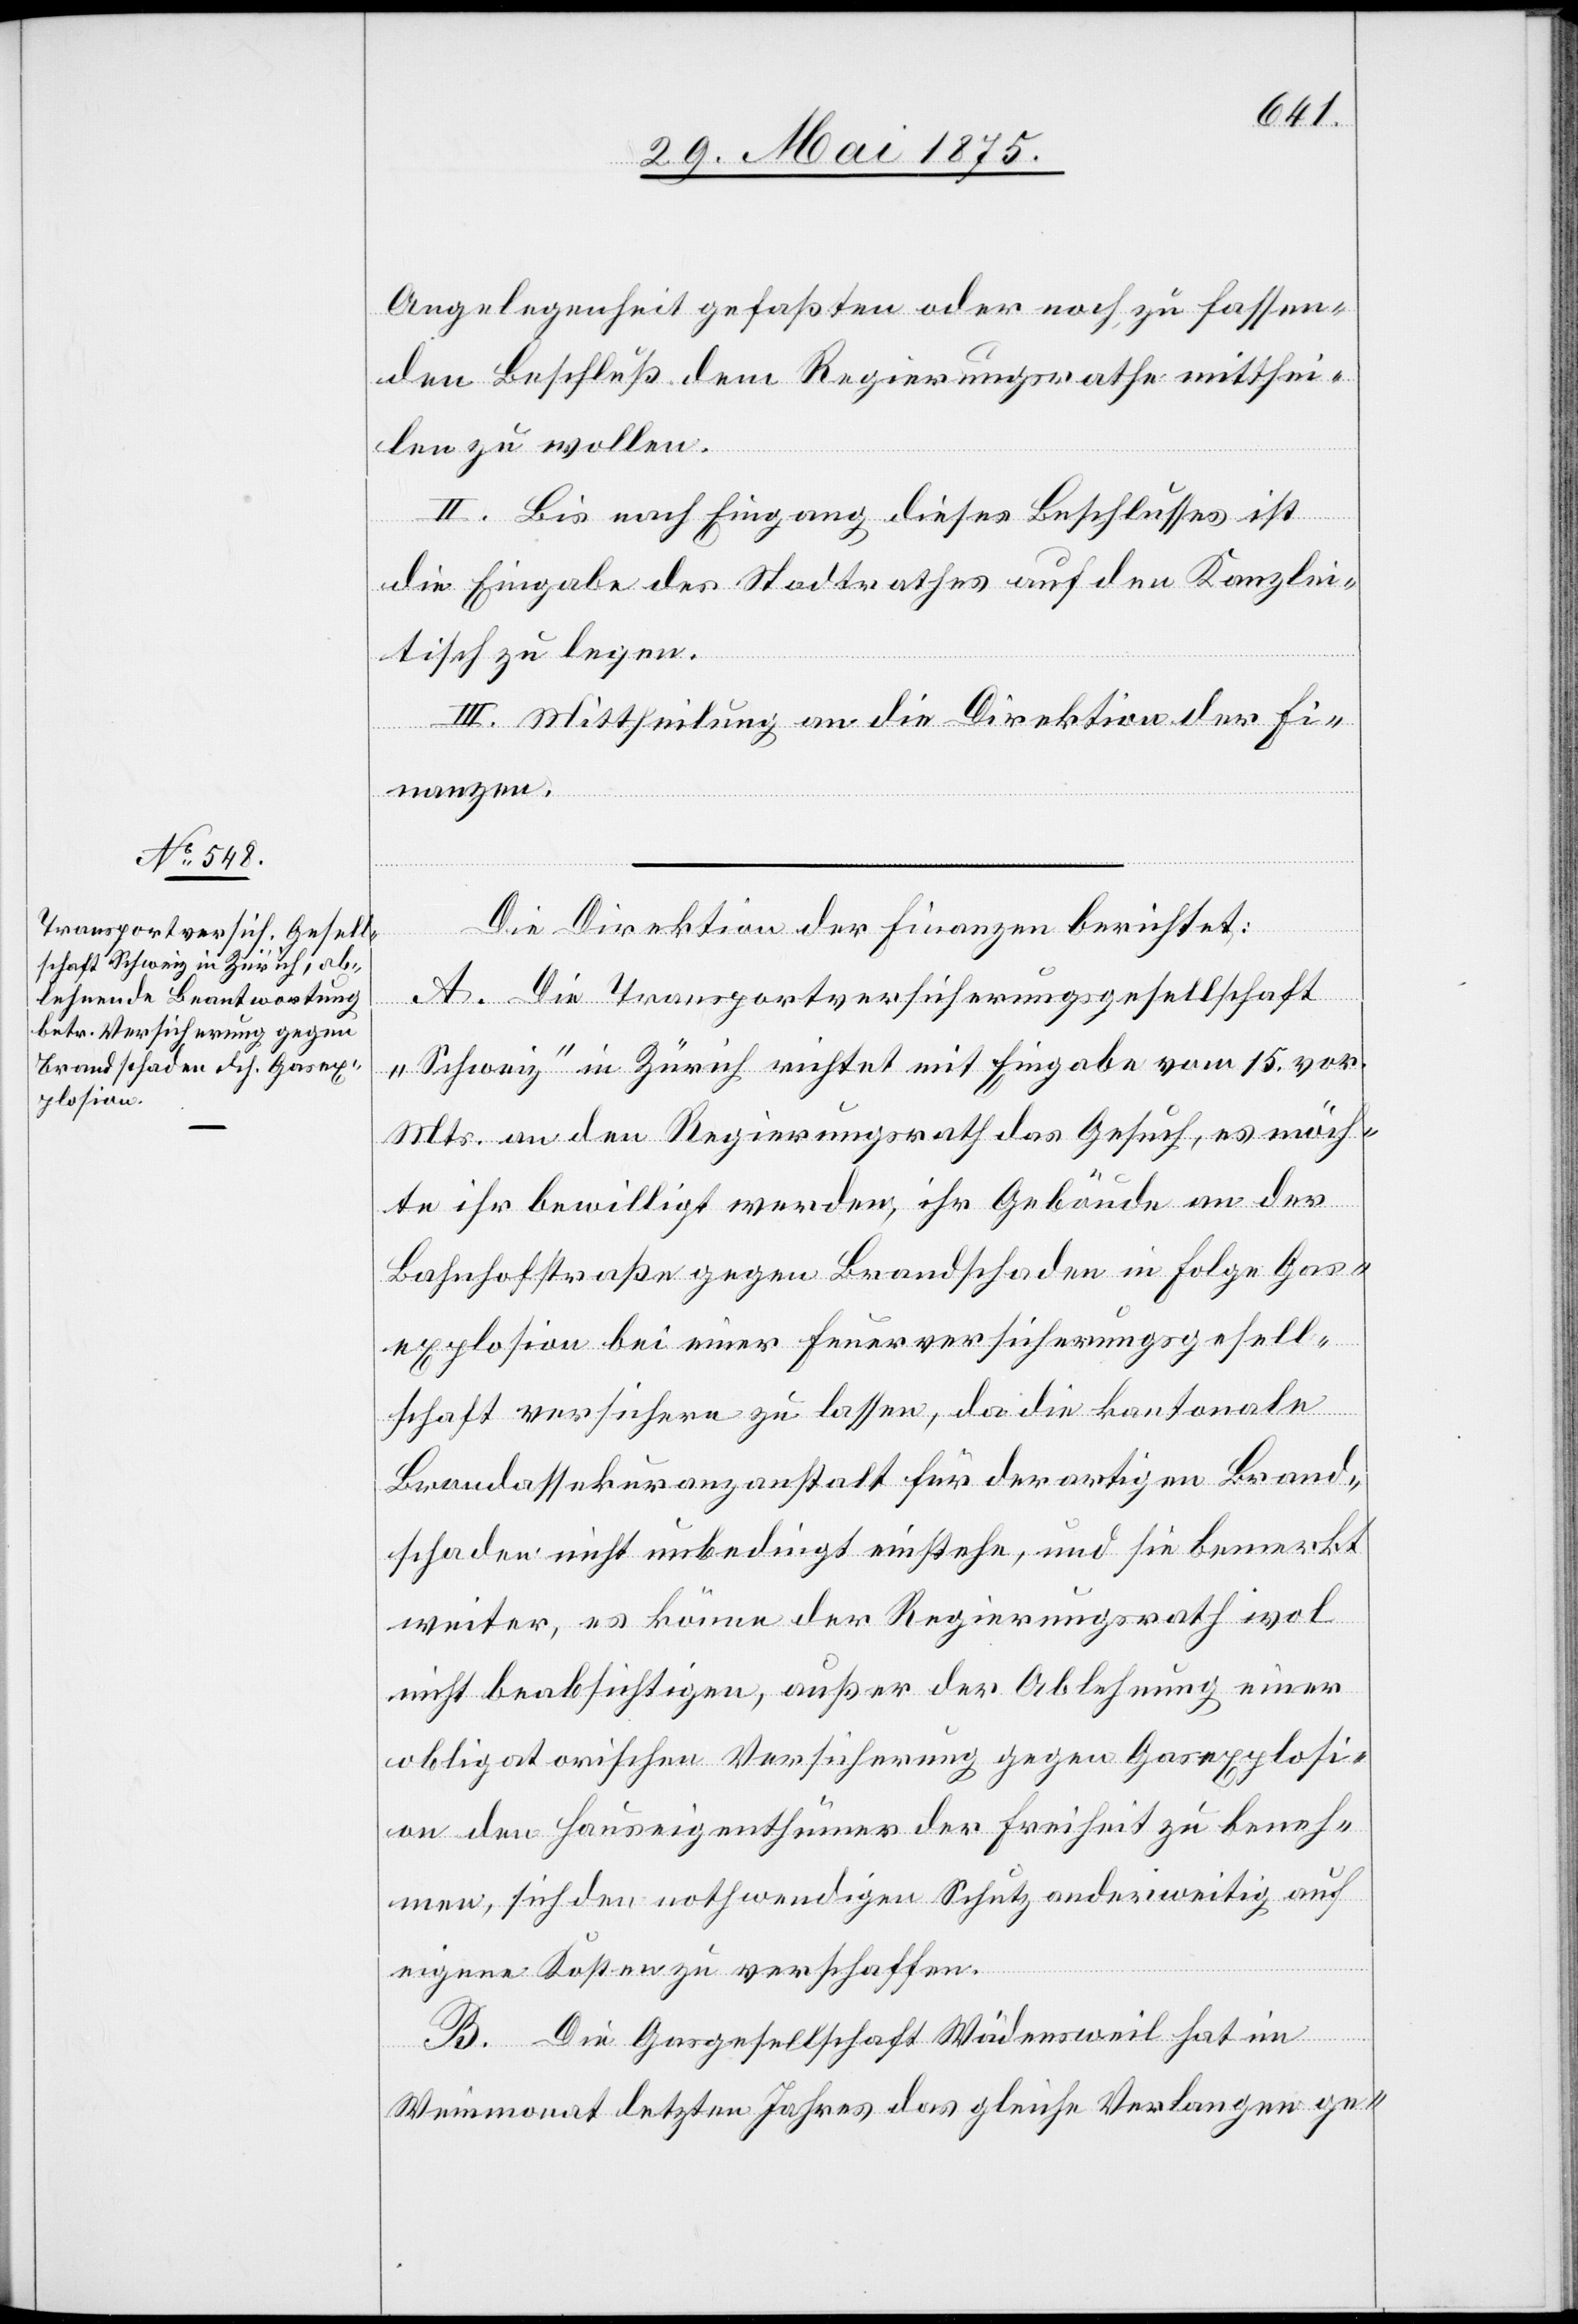
Angelegenheit gefaßten oder noch zu fassen¬
den Beschluß dem Regierungsrathe mitthei¬
len zu wollen.
II. Bis nach Eingang dieses Beschlusses ist
die Eingabe des Stadtrathes auf den Kanzlei¬
tisch zu legen.
III. Mittheilung an die Direktion der Fi¬
nanzen.
Die Direktion der Finanzen berichtet:
A. Die Transportversicherungsgesellschaft
„Schweiz“ in Zürich richtet mit Eingabe vom 15. vor.
Mts. an den Regierungsrath das Gesuch, es möch¬
te ihr bewilligt werden, ihr Gebäude an der
Bahnhofstraße gegen Brandschaden in Folge Gas¬
explosion bei einer Feuerversicherungsgesell¬
schaft versichern zu lassen, da die kantonale
Brandassekuranzanstalt für derartigen Brand¬
schaden nicht unbedingt einstehe, und sie bemerkt
weiter, es könne der Regierungsrath wol
nicht beabsichtigen, außer der Ablehnung einer
obligatorischen Versicherung gegen Gasexplosi¬
on der Hauseigenthümer der Freiheit zu beneh¬
men, sich den notwendigen Schutz anderweitig auf
eigene Kosten zu verschaffen.
B. Die Gasgesellschaft Wädensweil hat im
Weinmonat letzten Jahres das gleiche Verlangen ge-